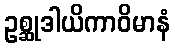
ဥစ္ဆုဒါယိကာဝိမာနံ